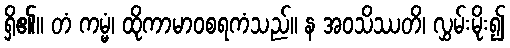
ရှိ၏။ တံ ကမ္မံ၊ ထိုကာမာဝစရကံသည်။ န အဝသိဿတိ၊ လွှမ်းမိုး၍